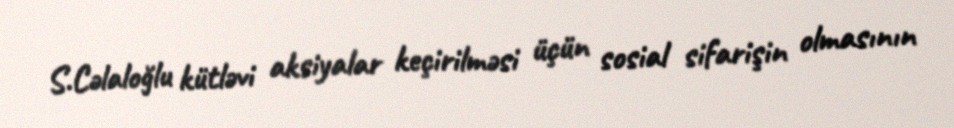
S.Cəlaloğlu kütləvi aksiyalar keçirilməsi üçün sosial sifarişin olmasının